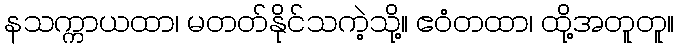
နသက္ကာယထာ၊ မတတ်နိုင်သကဲ့သို့။ ဧဝံတထာ၊ ထို့အတူတူ။